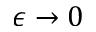
\epsilon \rightarrow 0